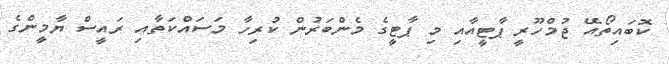
ކޮބައިތޯއޭ ޖުމްހޫރީ ޕާޓީއާއި މި ޕާޓީގެ މެންބަރުން ކުރިހާ މަސައްކަތާއި ރައީސް ޔާމީންގެ